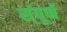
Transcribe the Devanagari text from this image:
स्ंपूर्ण